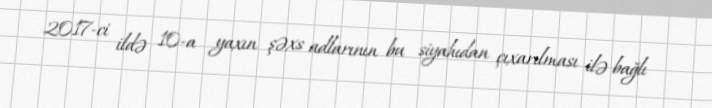
2017-ci ildə 10-a yaxın şəxs adlarının bu siyahıdan çıxarılması ilə bağlı